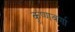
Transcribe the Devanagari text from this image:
कृष्णवर्णा